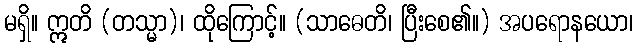
မရှိ။ ဣတိ (တသ္မာ)၊ ထိုကြောင့်။ (သာဓေတိ၊ ပြီးစေ၏။) အပရောနယော၊